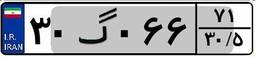
۳۰گ۰۶۶۷۱